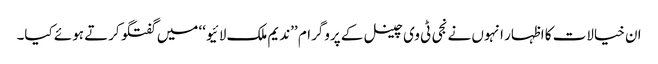
ان خیالات کا اظہار انہوں نے نجی ٹی وی چینل کے پروگرام ’’ندیم ملک لائیو‘‘ میں گفتگو کرتے ہوئے کیا۔